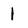
Character: 1